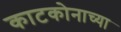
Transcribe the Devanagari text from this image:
काटकोनाच्या